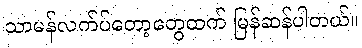
သာမန်လက်ပ်တော့တွေထက် မြန်ဆန်ပါတယ်။